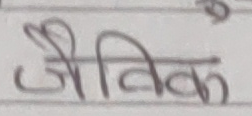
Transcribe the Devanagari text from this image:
जैविक